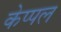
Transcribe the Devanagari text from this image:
केप्पल